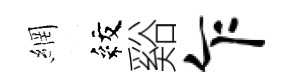
網紋谿乍